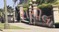
રાસીલા